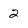
Character: 2